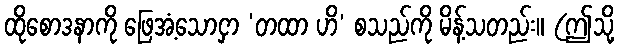
ထိုစောဒနာကို ဖြေအံ့သောငှာ ‘တထာ ဟိ’ စသည်ကို မိန့်သတည်း။ (ဤသို့